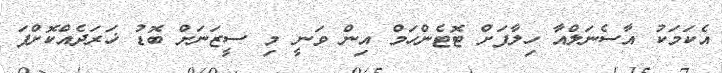
އެކަމަކު އާސެނަލްއާ ހިލާފަށް ޓޮޓެންހަމް އިން ވަނީ މި ސީޒަނަށް ބޮޑު ޚަރަދެއްކޮށްފަ